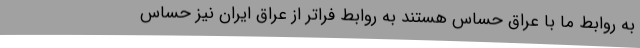
به روابط ما با عراق حساس هستند به روابط فراتر از عراق ایران نیز حساس